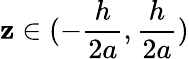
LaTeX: \mathbf{z}\in(-\frac{{h}}{{2a}},\frac{{h}}{{2a}})